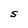
Character: S